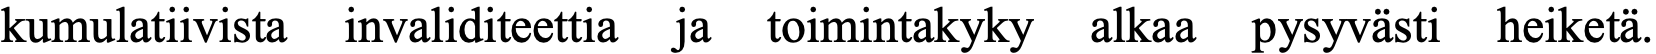
kumulatiivista invaliditeettia ja toimintakyky alkaa pysyvästi heiketä.